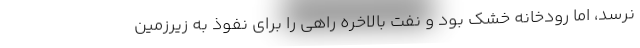
نرسد، اما رودخانه خشك بود و نفت بالاخره راهي را براي نفوذ به زيرزمين